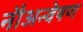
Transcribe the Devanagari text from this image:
नौअन्वेषण